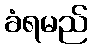
ခံရမည်